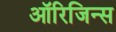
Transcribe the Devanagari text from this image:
ऑरिजिन्स